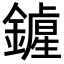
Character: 𨭲